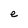
Character: e